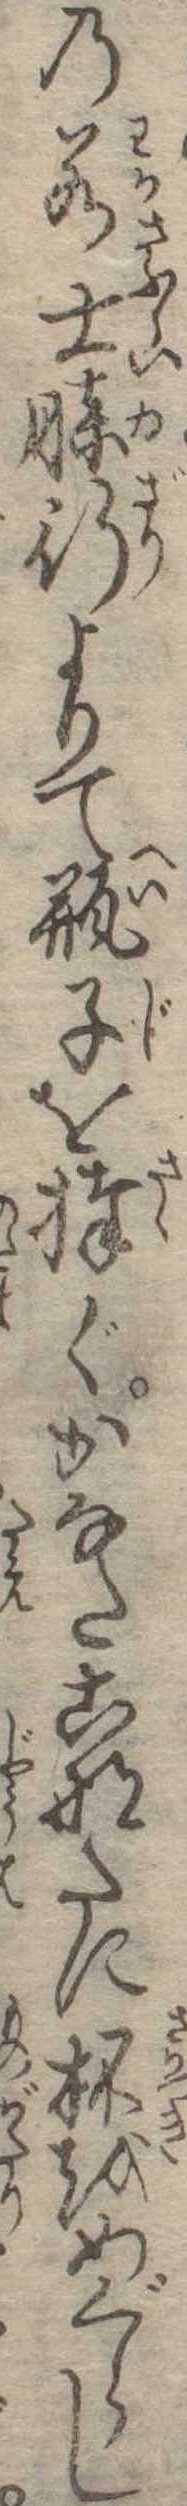
の若士膝行よりて瓶子を捧ぐかなたこなたに杯をめぐらし